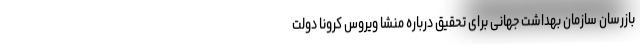
بازرسان سازمان بهداشت جهانی برای تحقیق درباره منشا ویروس کرونا دولت